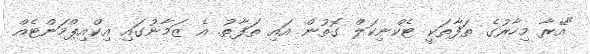
"އޭރާ މިހާރުގެ ތަފާތަކީ ޓެކްނިކަލް ގޮތުން އައި ތަފާތު. އެ ޒަމާނުގައި އިކްއިޕްމަންޓެއް